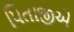
પિતાજીએ